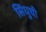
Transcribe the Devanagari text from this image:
सिंधुची